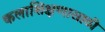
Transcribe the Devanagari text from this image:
कलाशिक्षणासाठी